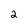
Character: 2